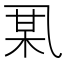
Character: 𫡪